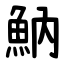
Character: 魶